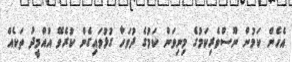
އެހެން ކަމުން ނޫސްވެރިކަމުގެ މިނިވަން ކަމުގެ ދުވަހާ ގުޅުވައިގެން ކުރެވޭ އުއްމީދު ތަކެއް